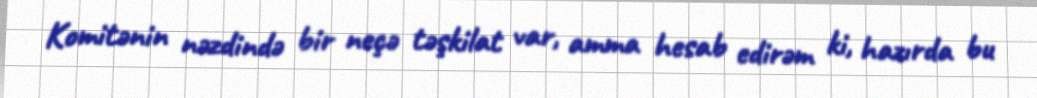
Komitənin nəzdində bir neçə təşkilat var, amma hesab edirəm ki, hazırda bu